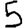
Digit: 5